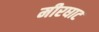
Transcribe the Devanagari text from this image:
मीरघाट